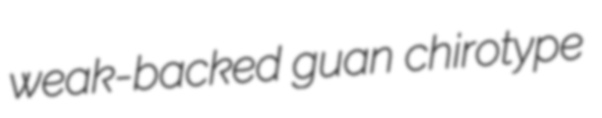
weak-backed guan chirotype